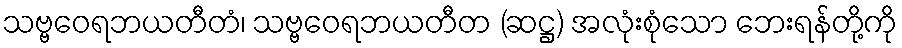
သဗ္ဗဝေရဘယတီတံ၊ သဗ္ဗဝေရဘယတီတ (ဆဋ္ဌ) အလုံးစုံသော ဘေးရန်တို့ကို